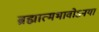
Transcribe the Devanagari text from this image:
ब्रह्मात्मभावोऽनया